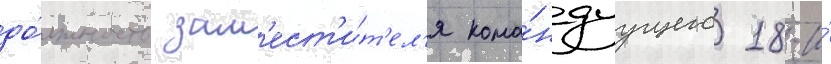
до́лжность зам'ест'и́т'ел'я кома́ндуущего 18-и́